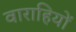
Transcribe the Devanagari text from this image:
वाराहियों